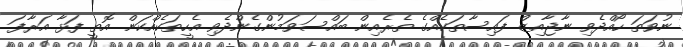
ނުވަތަ ހޯއްދެވި ނާޖާއިޒް ފައިސާތަކެއްގެ ތެރެއިން ބައްސަވަމުންގެންދެވި އެހީތަކެއްކަން އޮތީ ފަޅާ އަރާފަ